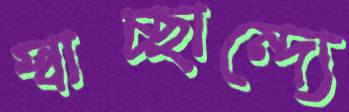
স্বাচ্ছান্দ্যে